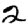
Digit: 2